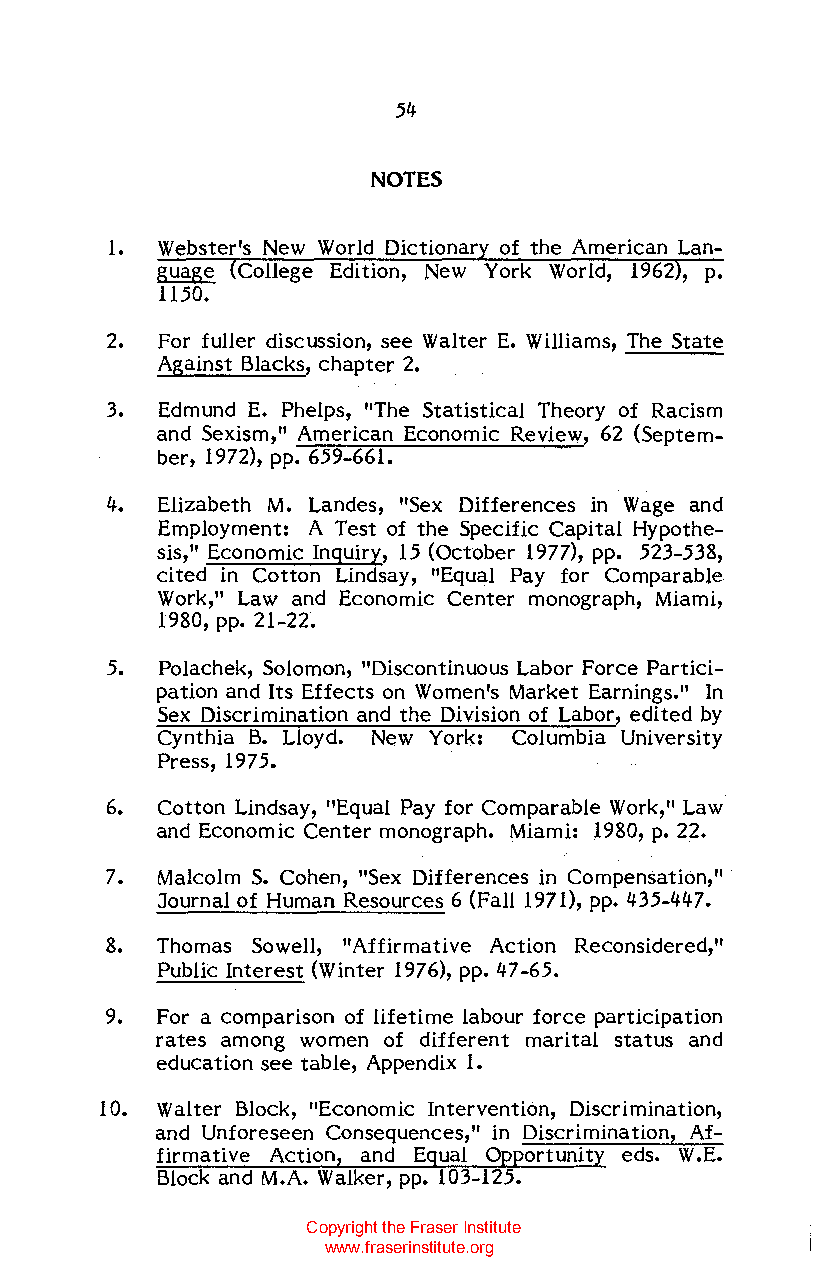
54
 NOTES
 1.  Webster's New World Dictionar of the American Lan
 guage College Edition, New York World, 1962, p.
 1150.
 2.  For fuller discussion, see Walter E. Williams, The State
 Against Blacks, chapter 2.
 3.  Edmund E. Phelps, "The Statistical Theory of Racism
 and Sexism," American Economic Review, 62 (Septem
 ber, 1972), pp. 659-661.
 4.  Elizabeth M. Landes, "Sex Differences in Wage and
 Employment: A Test of the Specific Capital Hypothe
 sis," Economic Inquiry, 15 (October 1977), pp. 523-538,
 cited in Cotton Lindsay, "Equal Pay for Comparable
 Work," Law and EconomiC Center monograph, Miami,
 1980, pp. 21-22.
 5.  Polachek, Solomon, "Discontinuous Labor Force Partici
 pation and Its Effects on Women's Market Earnings." In
 Sex Discrimination and the Division of Labor, edited by
 Cynthia B. Lloyd. New York: Columbia University
 Press, 1975.
 6.  Cotton Lindsay, "Equal Pay for Comparable Work," Law
 and Economic Center monograph. Miami: 1980, p. 22.
 7.  Malcolm S. Cohen, "Sex Differences in Compensation,"
 Journal of Human Resources 6 (Fall 1971), pp. 435-447.
 8.  Thomas Sowell, "Affirmative Action Reconsidered,"
 Public Interest (Winter 1976), pp. 47-65.
 9.  For a comparison of lifetime labour force participation
 rates among women of different marital status and
 education see table, Appendix 1.
 10. Walter Block, "Economic Intervention, Discrimination,
 and Unforeseen Consequences," in Discrimination, Af
 firmative Action, and Equal Opportunity eds. W.E.
 Block and M.A. Walker, pp. 103-125.
 Copyright the Fraser Institute
 www.fraserinstitute.org